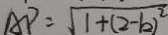
A P = \sqrt { 1 + ( 2 - b ) ^ { 2 } }